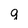
Character: q